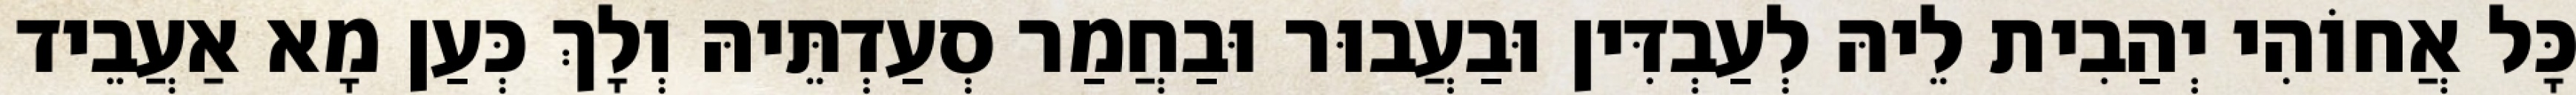
כָּל אֲחוֹהִי יְהַבִית לֵיהּ לְעַבְדִּין וּבַעֲבוּר וּבַחֲמַר סְעַדְתֵּיהּ וְלָךְ כְּעַן מָא אַעֲבֵיד